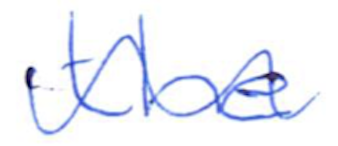
Text: the
Cross-out: wave
Writing tool: ballpoint